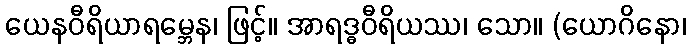
ယေနဝီရိယာရမ္ဘေန၊ ဖြင့်။ အာရဒ္ဓဝီရိယဿ၊ သော။ (ယောဂိနော၊